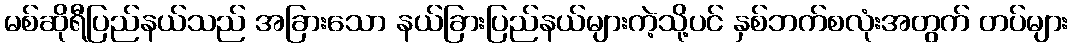
မစ်ဆိုရီပြည်နယ်သည် အခြားသော နယ်ခြားပြည်နယ်များကဲ့သို့ပင် နှစ်ဘက်စလုံးအတွက် တပ်များ